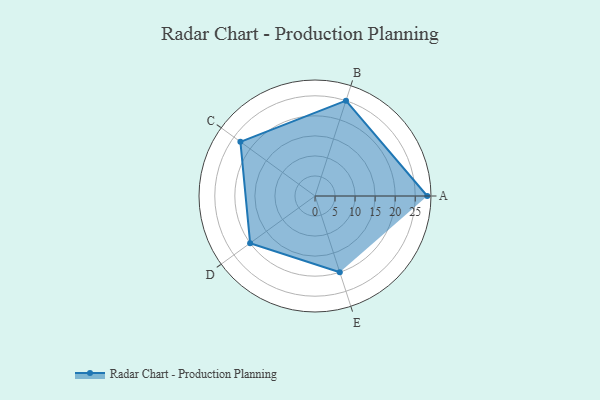
{"axis": {"x": "Skill", "y": "Score"}, "legend": ["Profile"], "data": [{"x": "A", "y": 28.0, "type": "Profile"}, {"x": "B", "y": 25.0, "type": "Profile"}, {"x": "C", "y": 23.0, "type": "Profile"}, {"x": "D", "y": 20.0, "type": "Profile"}, {"x": "E", "y": 20, "type": "Profile"}]}